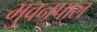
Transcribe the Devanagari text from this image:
भुवनपाल